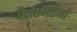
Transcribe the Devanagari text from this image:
पैराएमाइनो